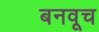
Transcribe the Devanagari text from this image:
बनवूच